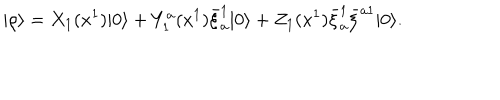
| \rho \rangle = X _ { 1 } ( x ^ { 1 } ) | 0 \rangle + Y _ { 1 } ^ { a } ( x ^ { 1 } ) \bar { \xi } _ { a } ^ { 1 } | 0 \rangle + Z _ { 1 } ( x ^ { 1 } ) \bar { \xi } _ { a } ^ { 1 } \bar { \xi } ^ { a 1 } | 0 \rangle .